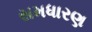
સમધારણ